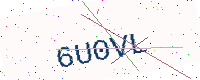
Text: 6U0VL